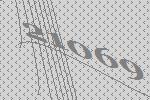
21069